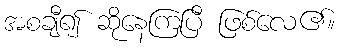
အစချီ၍ ဆိုနေကြပြီ ဖြစ်လေ၏။